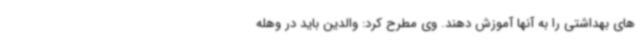
های بهداشتی را به آنها آموزش دهند. وی مطرح کرد: والدین باید در وهله